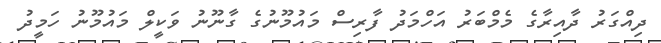
ދިއްގަރު ދާއިރާގެ މެމްބަރު އަހްމަދު ފާރިސް މައުމޫނުގެ ގާނޫނު ވަކީލް މައުމޫނު ހަމީދު